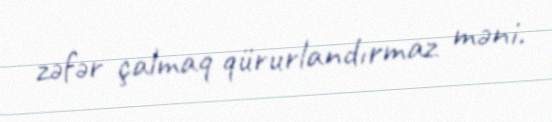
zəfər çalmaq qürurlandırmaz məni.